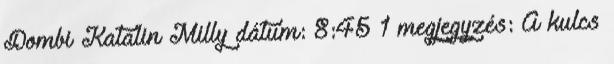
Dombi Katalin Milly dátum: 8:45 1 megjegyzés: A kulcs